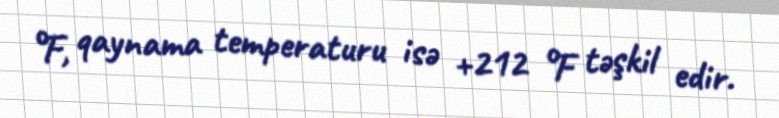
°F, qaynama temperaturu isə +212 °F təşkil edir.